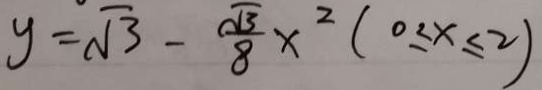
y = \sqrt { 3 } - \frac { \sqrt { 3 } } { 8 } x ^ { 2 } ( 0 \leq x \leq 2 )